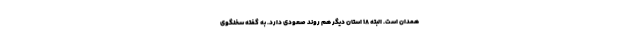
همدان است. البته ۱۸ استان دیگر هم روند صعودی دارد. به گفته سخنگوی